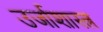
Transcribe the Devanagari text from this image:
उर्जाशास्त्र